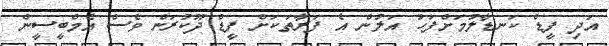
އަދި ފީޑް ކަނޑާލުމަށްފަހު އަލުން އެ ފަރާތަކަށް ފީޑް ދޫކުރަން ވެސް އެމްބީސީން